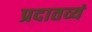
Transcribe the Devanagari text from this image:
प्रदातव्यं